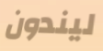
ليندون